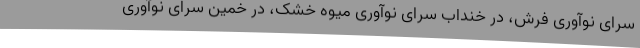
سرای نوآوری فرش، در خنداب سرای نوآوری میوه خشک، در خمین سرای نوآوری